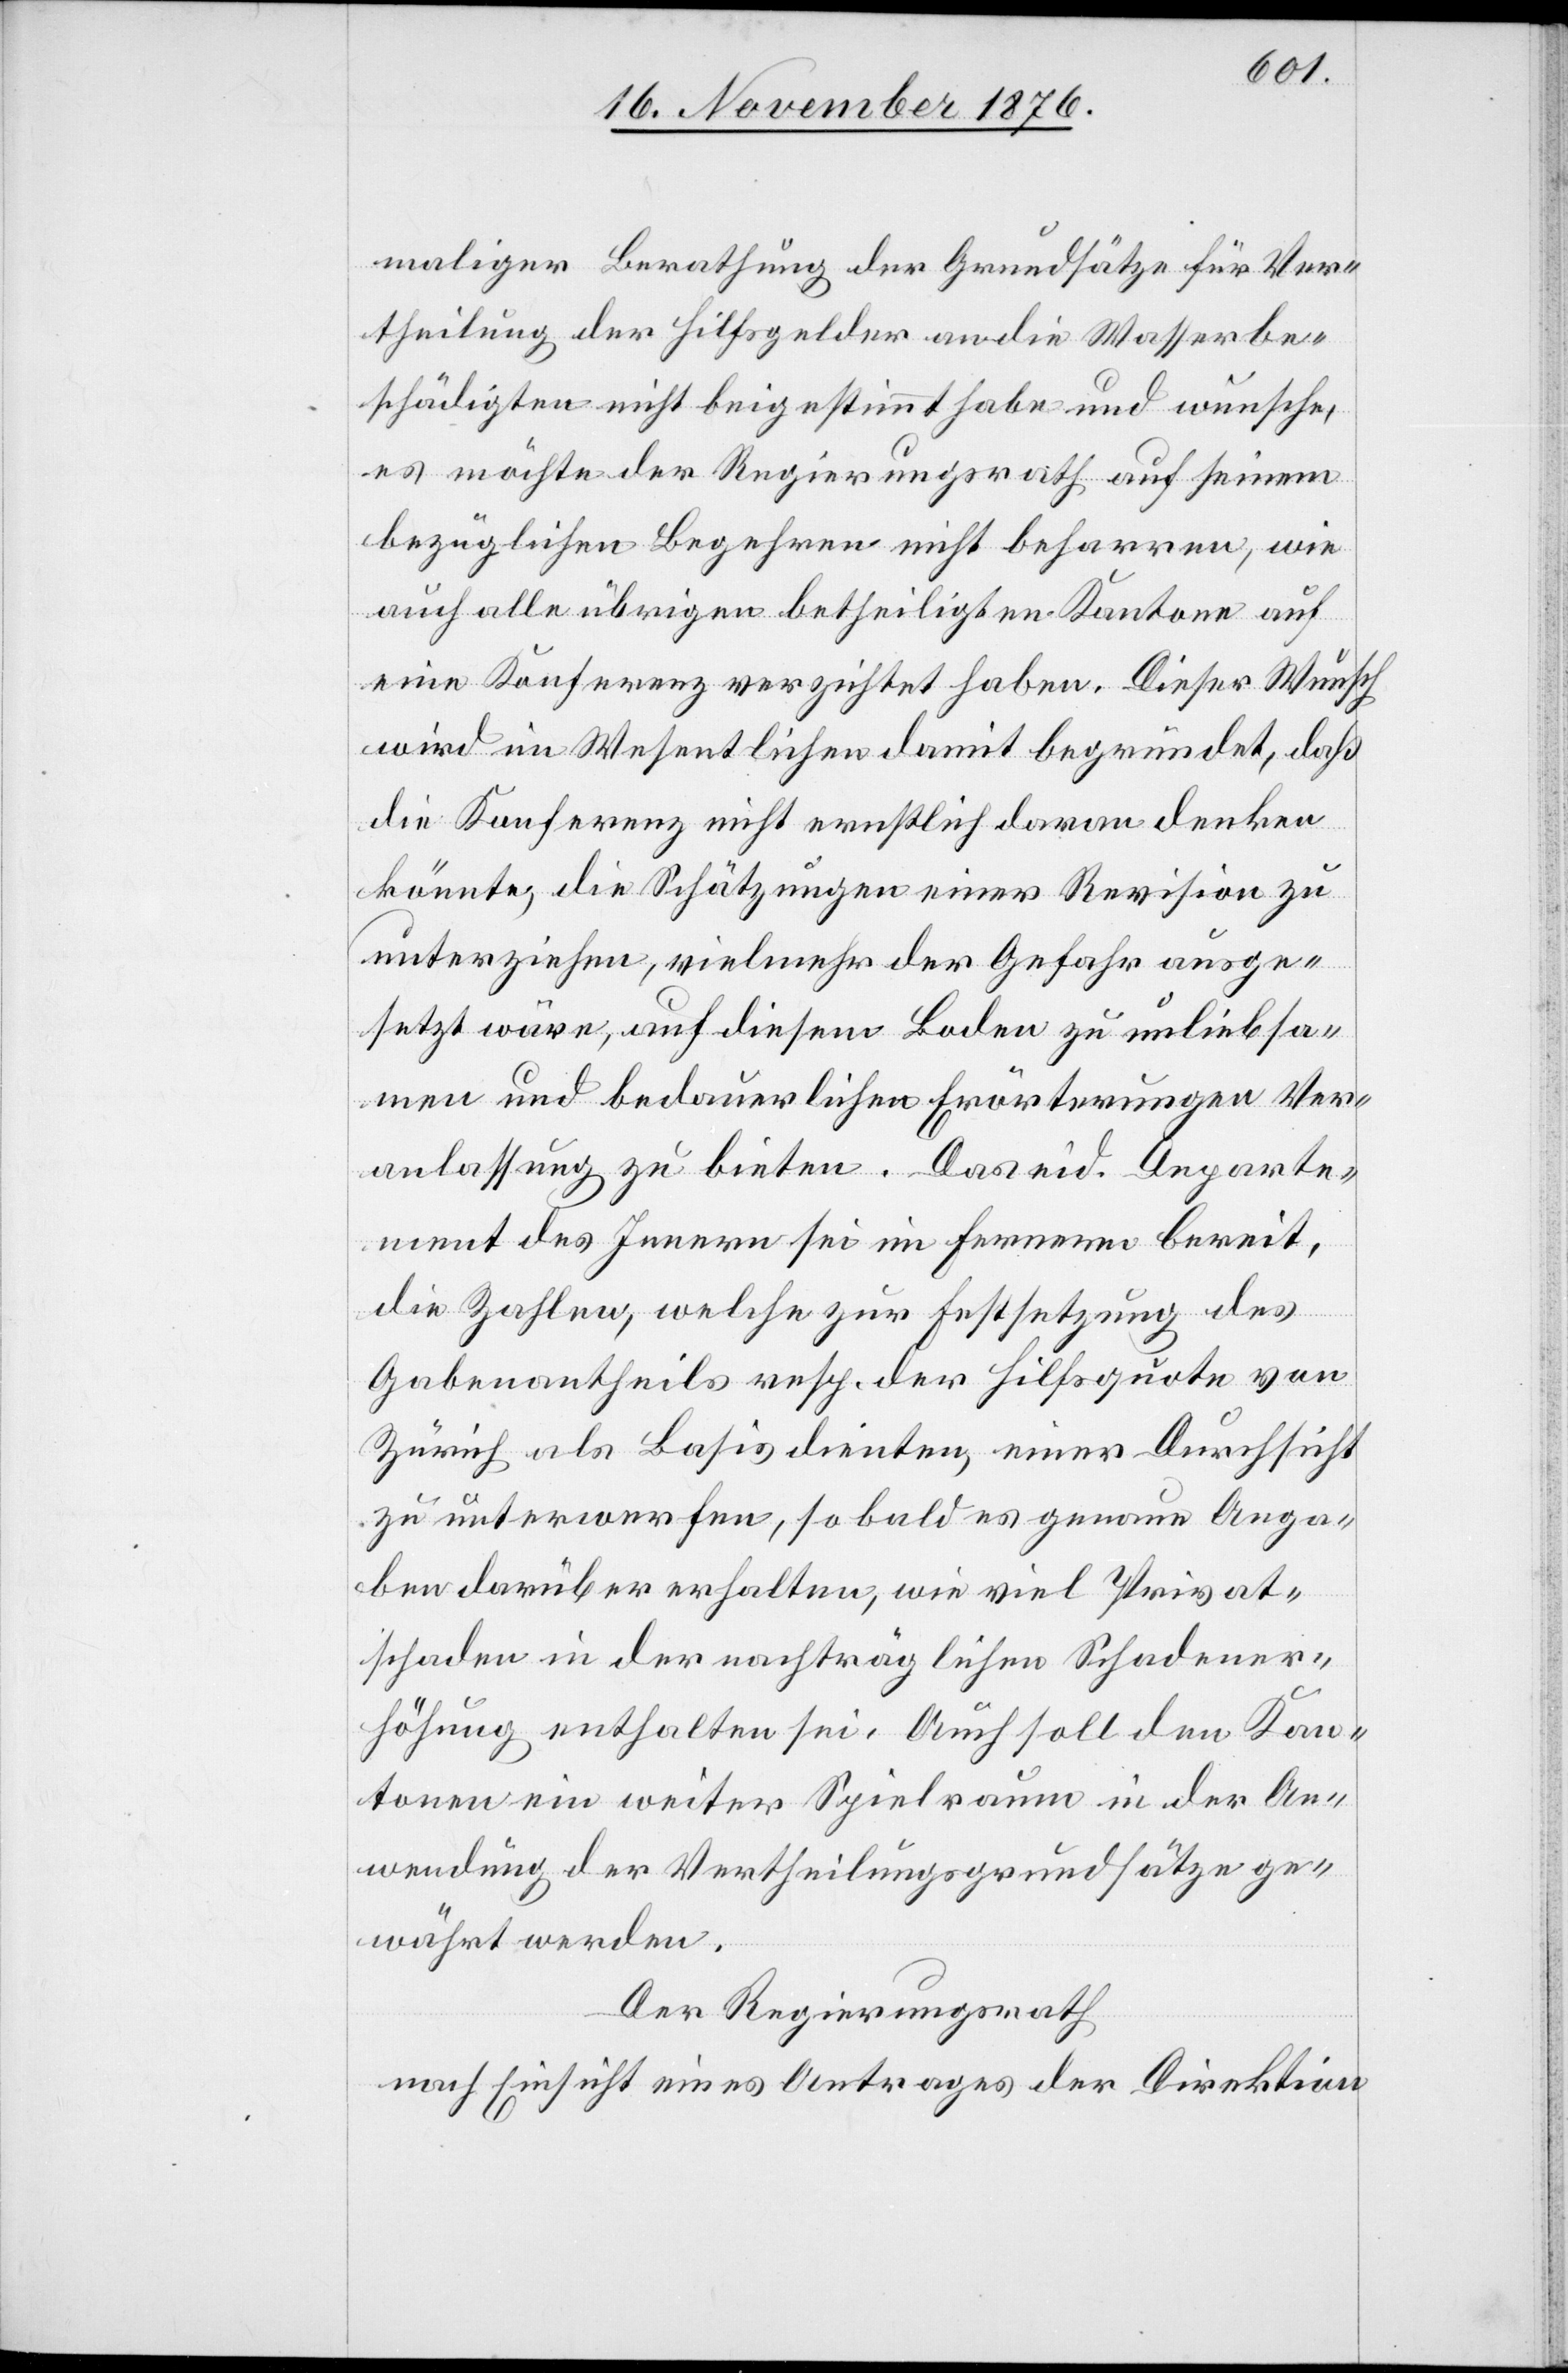
maliger Berathung der Grundsätze für Ver¬
theilung der Hilfsgelder an die Wasserbe¬
schädigten nicht beigestimmt habe und wünsche,
es möchte der Regierungsrath auf seinem
bezüglichen Begehren nicht beharren, wie
auch alle übrigen betheiligten Kantone auf
eine Konferenz verzichtet haben. Dieser Wunsch
wird im Wesentlichen damit begründet, daß
die Konferenz nicht ernstlich daran denken
könnte, die Schätzungen einer Revision zu
unterziehen, vielmehr der Gefahr ausge¬
setzt wäre, auf diesem Boden zu unliebsa¬
men und bedauerlichen Erörterungen Ver¬
anlassung zu bieten. Das eid. Departe¬
ment des Innern sei im Fernern bereit,
die Zahlen, welche zu Festsetzung des
Gabenantheils resp. der Hilfsquote von
Zürich als Basis dienen, einer Durchsicht
zu unterwerfen, so bald es genaue Anga¬
ben darüber erhalten, wie viel Privat¬
schaden in der nachträglichen Schadener¬
höhung enthalten sei. Auch soll den Kan¬
tonen ein weiter Spielraum in der An¬
wendung der Vertheilungsgrundsätze ge¬
währt werden.
Der Regierungsrath
nach Einsicht eines Antrages der Direktion